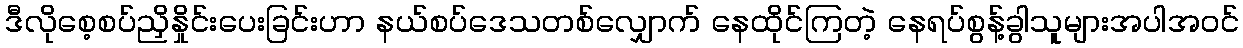
ဒီလိုစေ့စပ်ညှိနှိုင်းပေးခြင်းဟာ နယ်စပ်ဒေသတစ်လျှောက် နေထိုင်ကြတဲ့ နေရပ်စွန့်ခွါသူများအပါအဝင်